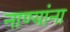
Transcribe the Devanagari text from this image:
नाण्यांना